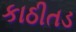
કાઠીતડ